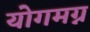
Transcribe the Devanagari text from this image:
योगमग्न